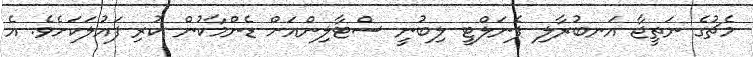
މެޗުގެ ނަތީޖާ އަނބުރާލި ޕެނަލްޓީ ލިބުނީ ސްޓާލިންއަށް ޑެންމާކުން ކުރި ފައުލަކަށެވެ. އެ